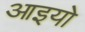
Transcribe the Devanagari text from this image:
आइयो